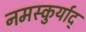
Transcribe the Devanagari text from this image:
नमस्कुर्याद्